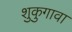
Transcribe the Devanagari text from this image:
शुकुगावा